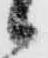
々